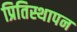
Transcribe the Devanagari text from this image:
प्रितिस्थापन